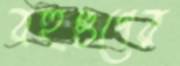
বহুগুণের